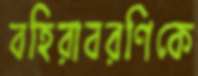
বহিরাবরণিকে